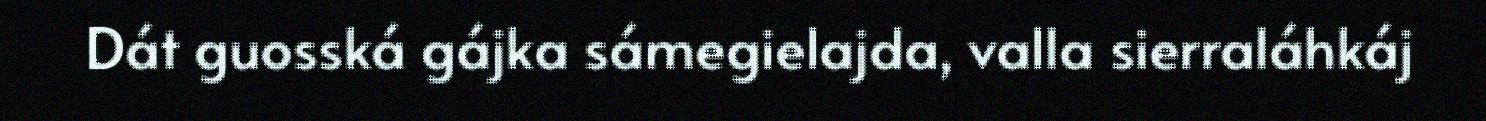
Dát guosská gájka sámegielajda, valla sierraláhkáj